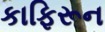
કાફિરૂન